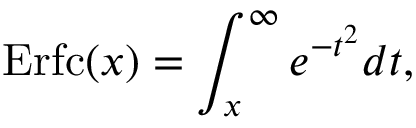
\mathrm { E r f c } ( x ) = \int _ { x } ^ { \infty } e ^ { - t ^ { 2 } } d t ,